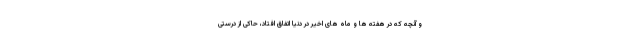
و آنچه که در هفته ها و ماه های اخیر در دنیا اتفاق افتاد، حاکی از درستی